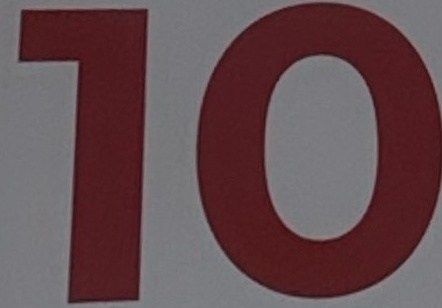
10